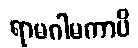
ရာမဂါမကာပိ